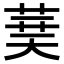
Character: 𦴐